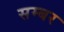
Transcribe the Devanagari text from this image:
सम्बर